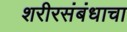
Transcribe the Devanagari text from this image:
शरीरसंबंधाचा